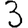
Digit: 3